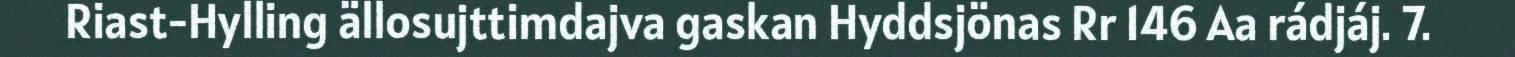
Riast-Hylling ällosujttimdajva gaskan Hyddsjönas Rr 146 Aa rádjáj. 7.